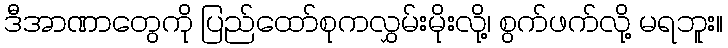
ဒီအာဏာတွေကို ပြည်ထော်စုကလွှမ်းမိုးလို့၊ စွက်ဖက်လို့ မရဘူး။